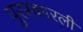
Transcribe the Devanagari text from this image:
पुरस्कारली